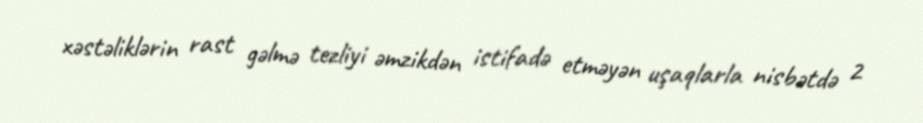
xəstəliklərin rast gəlmə tezliyi əmzikdən istifadə etməyən uşaqlarla nisbətdə 2